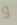
و